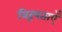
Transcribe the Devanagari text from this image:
विरूपताएँ